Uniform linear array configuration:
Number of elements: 24
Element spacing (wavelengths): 0.75
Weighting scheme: hann
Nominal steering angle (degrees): -60
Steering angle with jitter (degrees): -61.521
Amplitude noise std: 0.05
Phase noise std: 0.05

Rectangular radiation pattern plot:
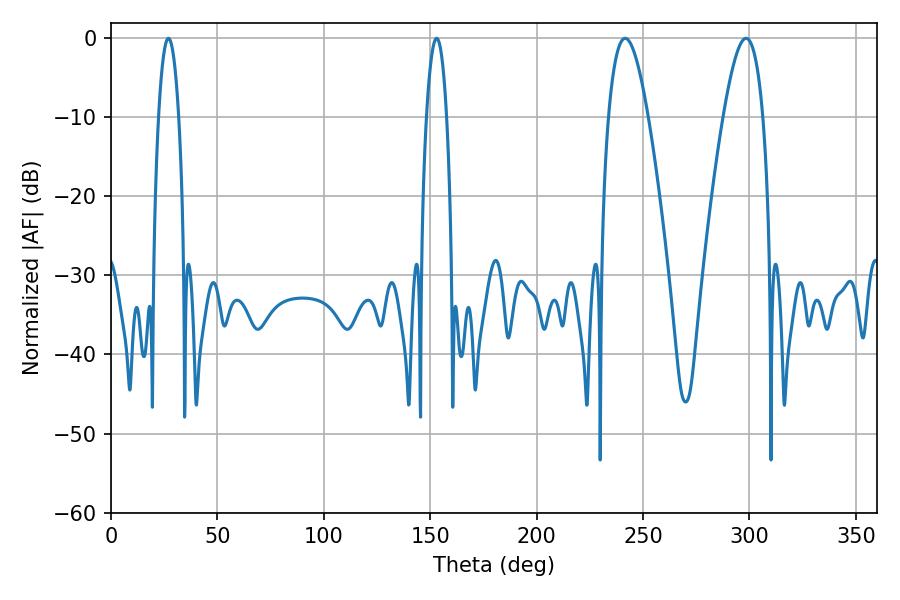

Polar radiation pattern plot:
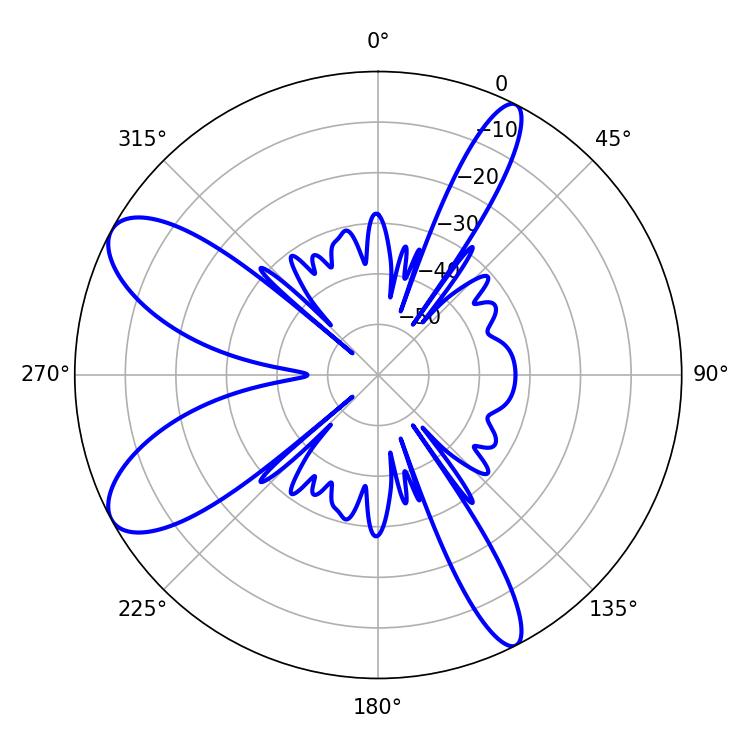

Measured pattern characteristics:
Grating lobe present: TRUE
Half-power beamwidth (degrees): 5.4
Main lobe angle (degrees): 27